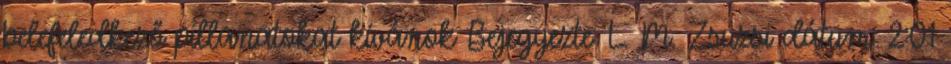
belefeledkező pillanatokat kívánok Bejegyezte: L. M. Zsuzsi dátum: 2:01